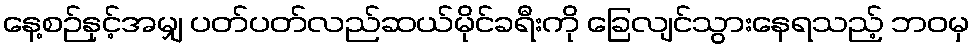
နေ့စဉ်နှင့်အမျှ ပတ်ပတ်လည်ဆယ်မိုင်ခရီးကို ခြေလျင်သွားနေရသည့် ဘဝမှ